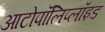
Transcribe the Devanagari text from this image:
आटोपॉलिप्लॉइड